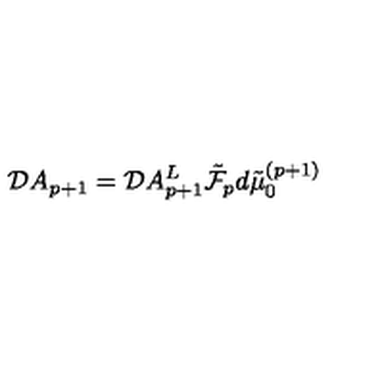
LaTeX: { \cal D } A _ { p + 1 } = { \cal D } A _ { p + 1 } ^ { L } \tilde { { \cal F } } _ { p } d \tilde { \mu } _ { 0 } ^ { ( p + 1 ) }